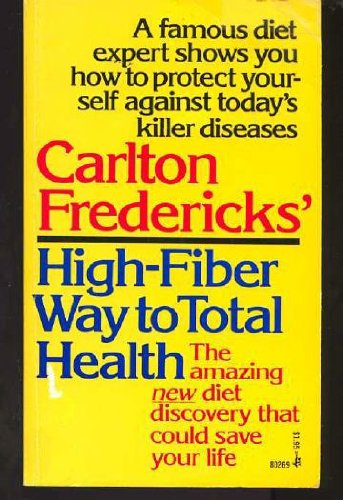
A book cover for Carlton Fredericks' High-Fiber Way to Total Health; Carlton Fredericks; Health, Fitness & Dieting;